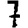
Digit: 7